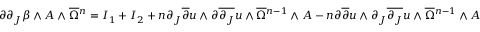
\partial \partial _ { J } \beta \wedge A \wedge \overline { { \Omega } } { \mathstrut } ^ { n } = I _ { 1 } + I _ { 2 } + n \partial _ { J } \overline { { \partial } } u \wedge \partial \overline { { \partial _ { J } } } u \wedge \overline { { \Omega } } { \mathstrut } ^ { n - 1 } \wedge A - n \partial \overline { { \partial } } u \wedge \partial _ { J } \overline { { \partial _ { J } } } u \wedge \overline { { \Omega } } { \mathstrut } ^ { n - 1 } \wedge A